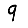
Digit: 9